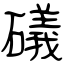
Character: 礒